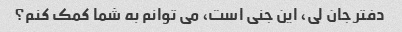
دفتر جان لی، این جنی است، می توانم به شما کمک کنم؟